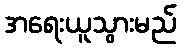
အရေးယူသွားမည်